Annual returns of the Patna Lunatic Asylum at Bankipore in Bihar and Orissa - 1912-1924
Year: 1912
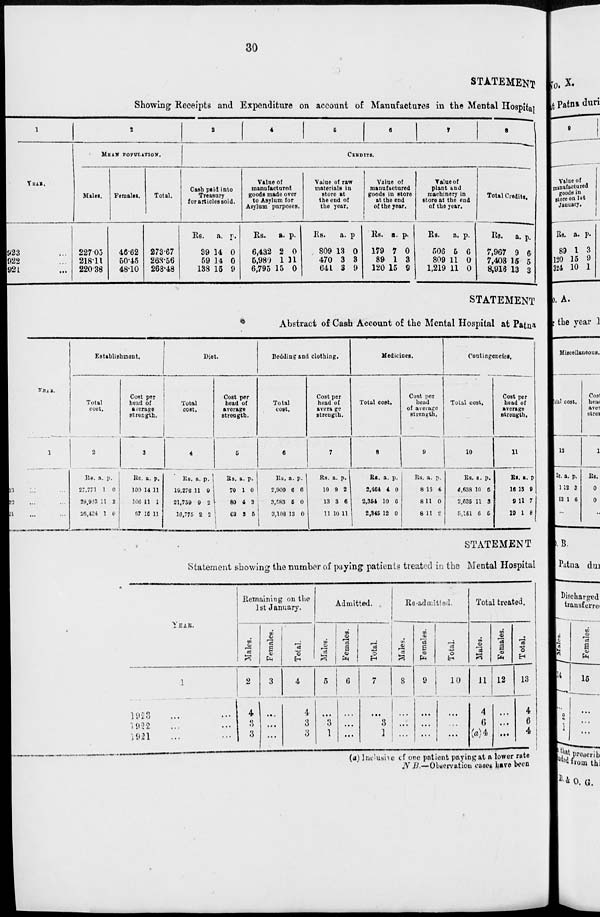
30
STATEMENT
Showing Receipts and Expenditure on account of Manufactures in the Mental Hospital
1
YEAR.
923 ...
922 ...
921 ...
2
MEAN
POPULATION.
Males.
227.05
218.11
220.38
Females.
46.62
50.45
48.10
Total.
273.67
268.56
268.48
3
4
5
6
7
8
CREDITS.
Cash paid into
Treasury
for articles sold.
Rs.
39
59
138
a.
14
14
15
p.
0
0
9
Value of
manufactured
goods made over
to Asylum for
Asylum purposes.
Rs.
6,432
5,980
6,795
a.
2
1
15
p.
0
11
0
Value of raw
materials in
store at
the end of
the year.
Rs.
809
470
641
a.
13
3
3
p.
0
3
9
Value of
manufactured
goods in store
at the end
of the year.
Rs.
179
89
120
a.
7
1
15
p.
0
3
9
Value of
plant and
machinery in
store at the end
of the year.
Rs.
506
809
1,219
a.
5
11
11
p.
6
0
0
Total Credits.
Rs.
7,967
7,408
8,916
a.
9
15
13
p.
6
5
3
STATEMENT
Abstract of Cash Account of the Mental Hospital at Patna.
YEAR.
1
1923 ... ...
1922 ... ...
1921 ... ...
Establishment.
Total
cost.
2
Rs.
27,771
28,923
26,424
a.
1
11
1
p.
0
2
0
Cost per
head of
average
strength.
3
Rs
100
106
97
a.
14
11
15
p.
11
1
11
Diet.
Total
cost.
4
Rs.
19,276
21,759
16,775
a.
11
9
2
p.
9
2
2
Cost per
head of
average
strength.
5
Rs.
70
80
62
a.
1
4
3
p.
0
3
5
Bedding and clothing.
Total
cost.
6
RS.
2,909
3,583
3,108
a.
6
5
13
p.
6
0
0
Cost per
head of
average
strength.
7
Rs.
10
13
11
a.
9
3
10
p.
2
6
11
Medicines.
Total cost.
8
Rs.
2,464
2,354
2,345
a.
4
10
12
p.
0
6
0
Cost per
head
of average
strength.
9
Rs.
8
8
8
a.
15
11
11
p.
4
0
2
Contingencies.
Total cost.
10
Rs.
4,638
2,635
5,151
a.
10
11
6
p.
6
3
5
Cost per
head of
average
strength.
11
Rs.
16
9
19
a.
13
11
1
p.
9
7
8
STATEMENT
Statement showing the number of paying patients treated in the Mental Hospital
YEAR.
1
1923 ... ...
1922 ... ...
1921 ... ...
Remaining on the
1st January.
Males.
2
4
3
3
Females.
3
...
...
...
Total.
4
4
3
3
Admitted.
Males.
5
...
3
1
Females.
6
...
...
...
Total.
7
...
3
1
Re-admitted.
Males.
8
...
...
...
Females.
9
...
...
...
Total.
10
...
...
...
Total treated.
Males.
11
4
6
(a)4
Females.
12
...
...
...
Total.
13
4
6
4
(a) Inclusive of one patient paying at a lower rate
N.B.—Observation cases have been